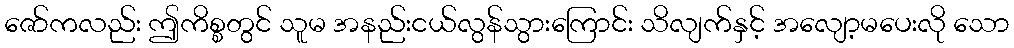
ဇော်ကလည်း ဤကိစ္စတွင် သူမ အနည်းငယ်လွန်သွားကြောင်း သိလျက်နှင့် အလျော့မပေးလို သော